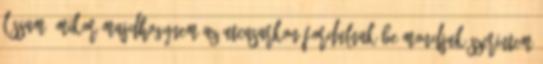
lássam, mikor majdhogynem az utcasarkon fordulnak be Mondjuk szerintem